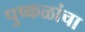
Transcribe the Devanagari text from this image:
पुष्कळांचा